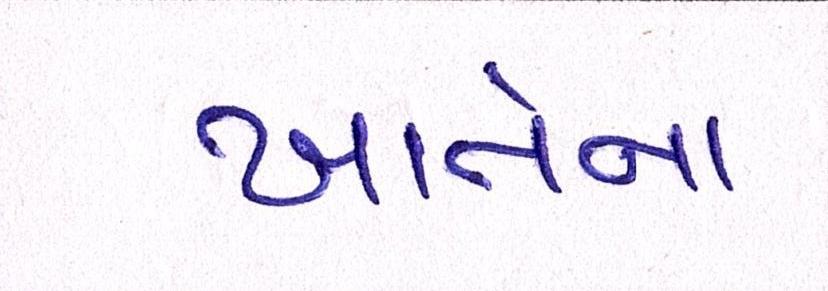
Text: ખાતેના